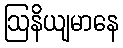
ဩနိယျမာနေ